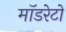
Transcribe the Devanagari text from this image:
मॉडरेटों